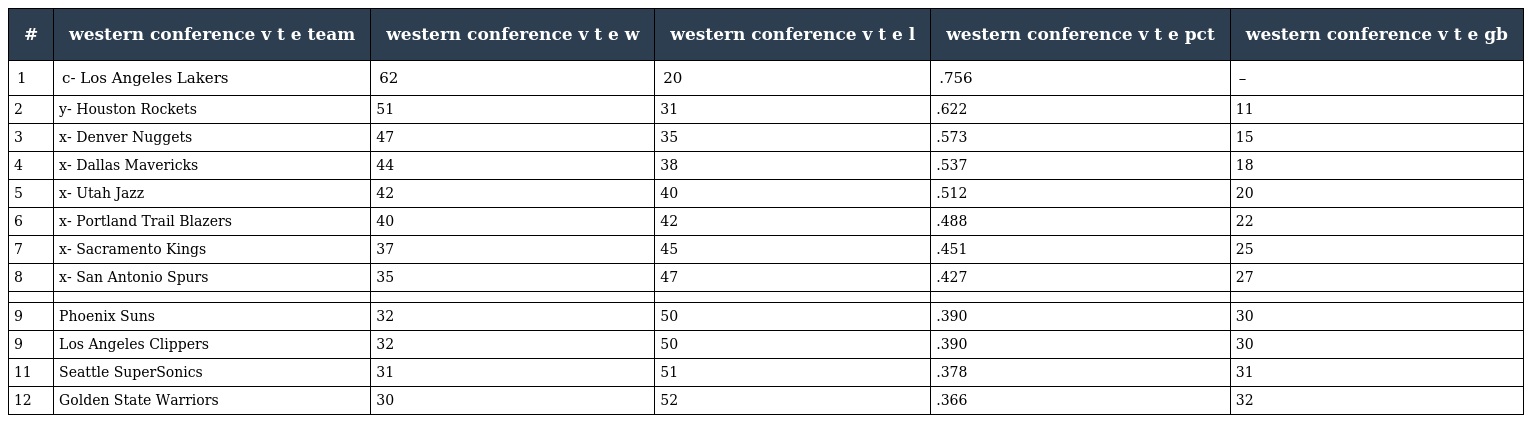
| # | western conference v t e team | western conference v t e w | western conference v t e l | western conference v t e pct | western conference v t e gb |
 | --- | --- | --- | --- | --- | --- |
 | 1 | c- Los Angeles Lakers | 62 | 20 | .756 | – |
 | 2 | y- Houston Rockets | 51 | 31 | .622 | 11 |
 | 3 | x- Denver Nuggets | 47 | 35 | .573 | 15 |
 | 4 | x- Dallas Mavericks | 44 | 38 | .537 | 18 |
 | 5 | x- Utah Jazz | 42 | 40 | .512 | 20 |
 | 6 | x- Portland Trail Blazers | 40 | 42 | .488 | 22 |
 | 7 | x- Sacramento Kings | 37 | 45 | .451 | 25 |
 | 8 | x- San Antonio Spurs | 35 | 47 | .427 | 27 |
 |  |  |  |  |  |  |
 | 9 | Phoenix Suns | 32 | 50 | .390 | 30 |
 | 9 | Los Angeles Clippers | 32 | 50 | .390 | 30 |
 | 11 | Seattle SuperSonics | 31 | 51 | .378 | 31 |
 | 12 | Golden State Warriors | 30 | 52 | .366 | 32 |